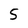
Character: 5